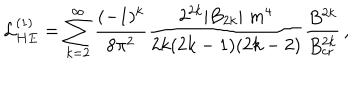
LaTeX: { \cal L } _ { H E } ^ { ( 1 ) } = \sum _ { k = 2 } ^ { \infty } { \frac { ( - 1 ) ^ { k } } { 8 \pi ^ { 2 } } } { \frac { 2 ^ { 2 k } \vert B _ { 2 k } \vert \; m ^ { 4 } } { 2 k ( 2 k - 1 ) ( 2 k - 2 ) } } { \frac { B ^ { 2 k } } { B _ { \mathrm { c r } } ^ { 2 k } } } \, ,